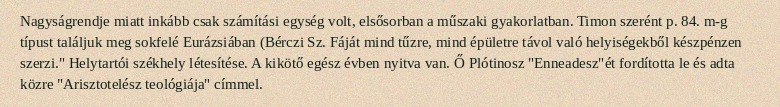
Nagyságrendje miatt inkább csak számítási egység volt, elsősorban a műszaki gyakorlatban. Timon szerént p. 84. m-g típust találjuk meg sokfelé Eurázsiában (Bérczi Sz. Fáját mind tűzre, mind épületre távol való helyiségekből készpénzen szerzi." Helytartói székhely létesítése. A kikötő egész évben nyitva van. Ő Plótinosz "Enneadesz"ét fordította le és adta közre "Arisztotelész teológiája" címmel.